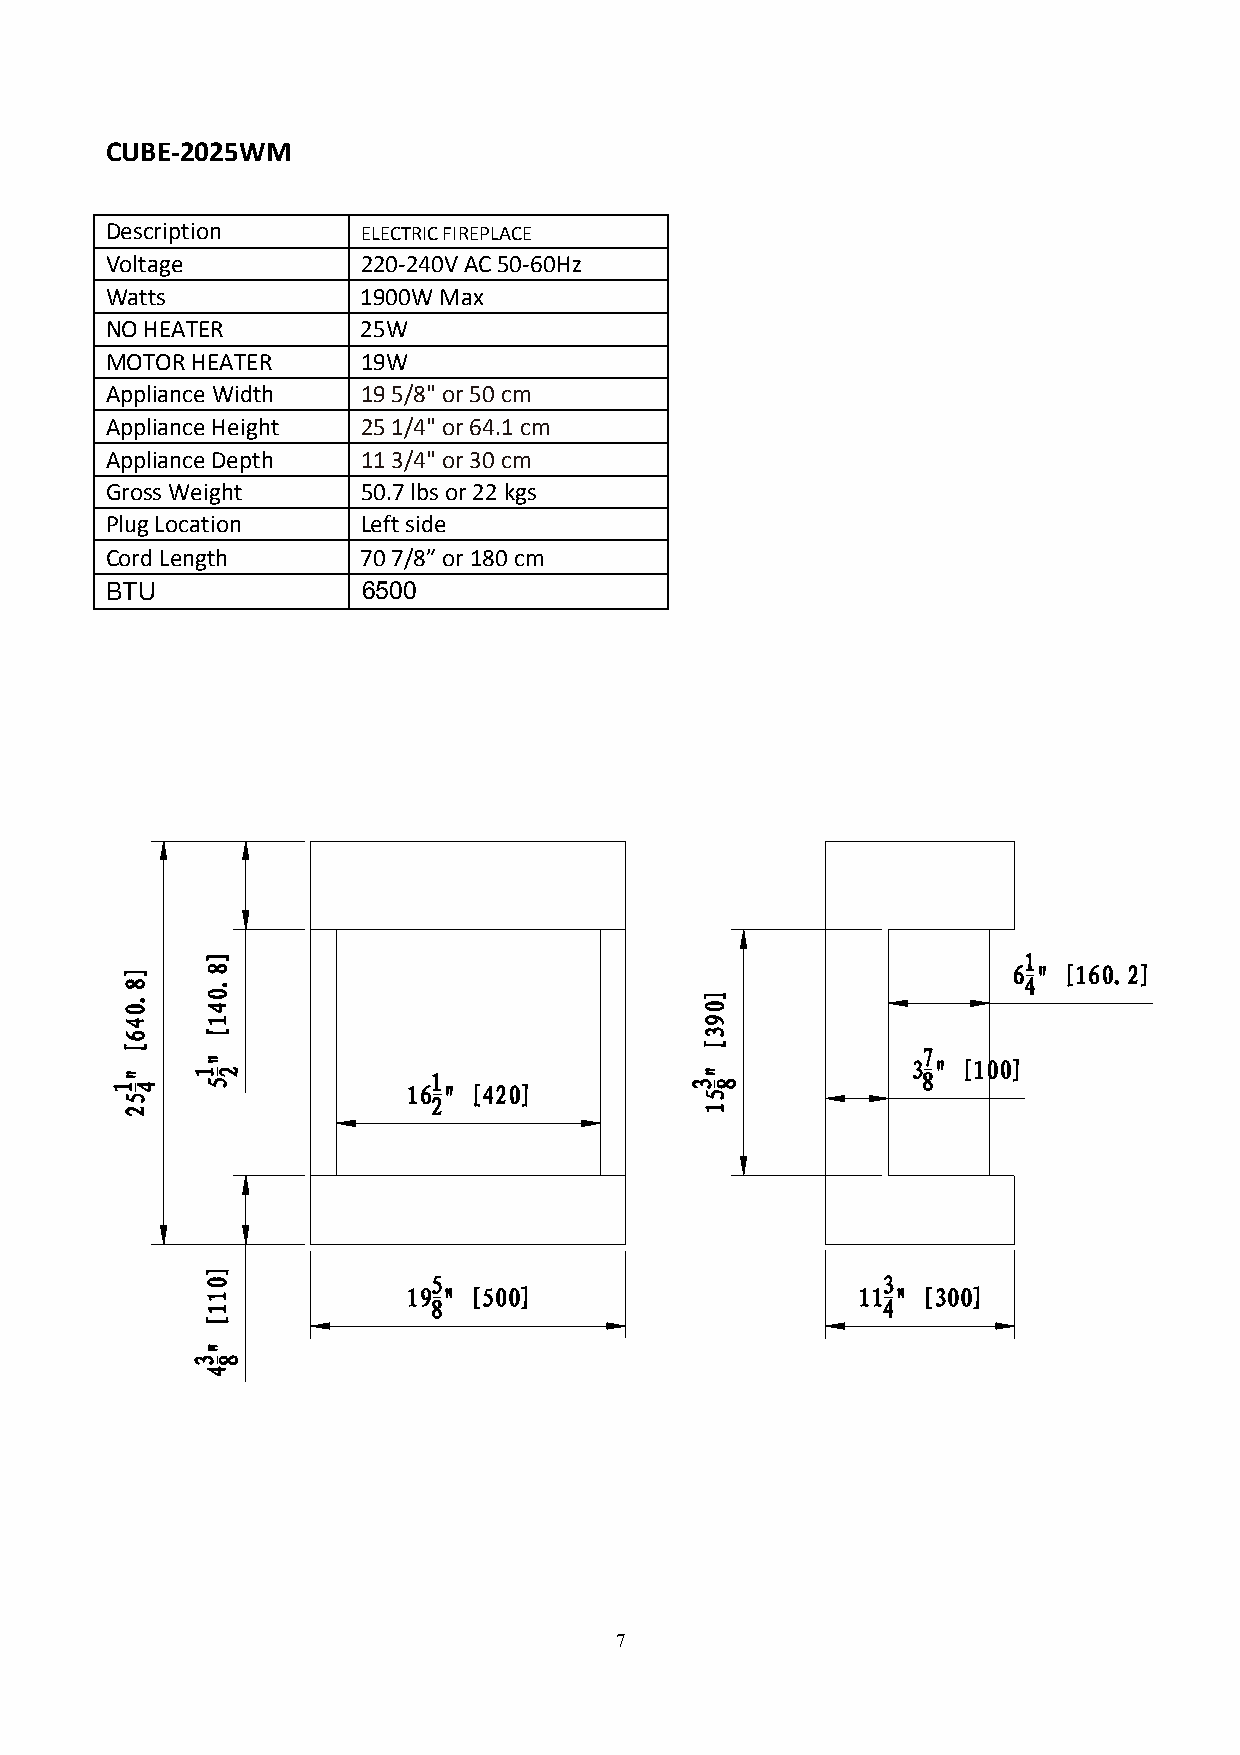
CUBE-2025WM
 Description      ELECTRIC FIREPLACE
 Voltage          220-240V AC 5 0-60Hz
 Watts            1900W Max
 NO HEATER        25W
 MOTOR HEATER     19W
 Appliance Width  19 5/8" or 50 cm
 Appliance Height 25 1/4" or 64.1 cm
 Appliance Depth  11 3/4" or 30 cm
 Gross Weight     50.7 lbs or 22 kgs
 Plug Location    Left side
 Cord Length      70 7/8” or 180 cm
 BTU              6500
 7